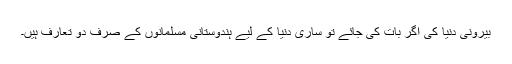
بیرونی دنیا کی اگر بات کی جائے تو ساری دنیا کے لیے ہندوستانی مسلمانوں کے صرف دو تعارف ہیں۔